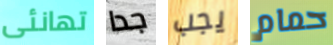
تهانئى جدا يجب حمام